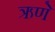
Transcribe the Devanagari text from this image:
ऋणे